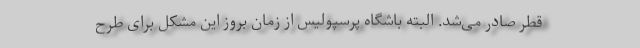
قطر صادر می‌شد. البته باشگاه پرسپولیس از زمان بروز این مشکل برای طرح